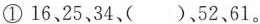
①16、25、34、( )、52、61。